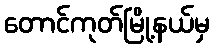
တောင်ကုတ်မြို့နယ်မှ